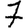
Digit: 7